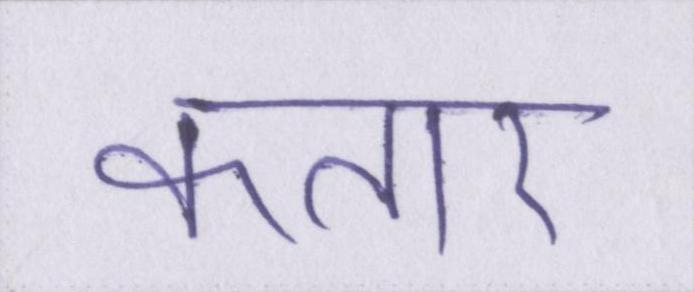
कतार